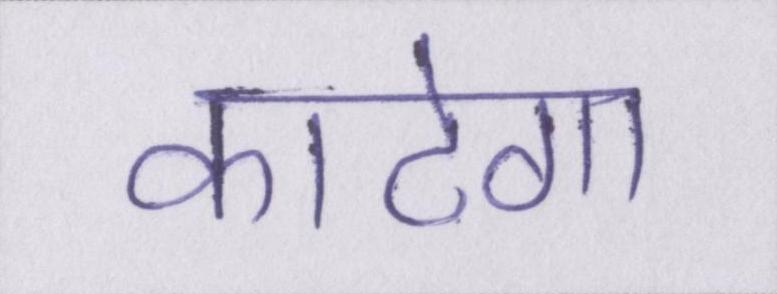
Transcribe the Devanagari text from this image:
काटेगा